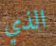
الذي